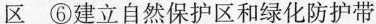
区 ⑥建立自然保护区和绿化防护带